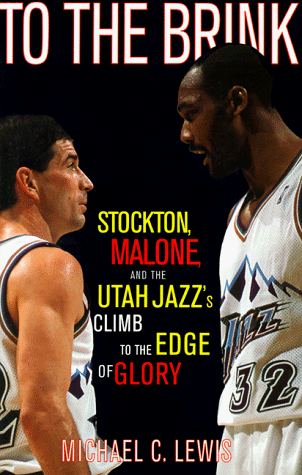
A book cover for To The Brink: Stockton Malone And The Utah Jazzs Climb To The Edge Of Glory; Michael Lewis; Sports & Outdoors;